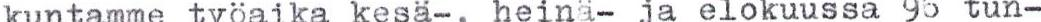
kuntamme työaika kesä-, heinä- ja elokuussa 96 tun-